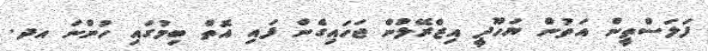
ފަލަސްތީން އަތުން ޔަހޫދީ އިޒްރޭލުން ޖަހައިގެން ފައި އޮތް ބިމުގައި ހުންނަ އދ.